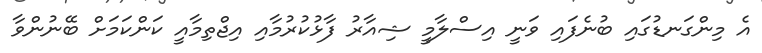
އެ މިންގަނޑުގައި ބުނެފައި ވަނީ އިސްލާމީ ޝިއާރު ފާޅުކުރުމާއި އިޖްތިމާއީ ކަންކަމަށް ބޭނުންވާ